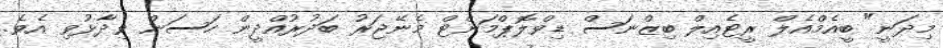
މިދަނީ" ބީއެމްއެލް ރީޓެއިލް ބިޒްނަސް ޑިވްލޮޕްމަންޓް މެނޭޖަރު ބަދުރުއްދީން ހަސަން ވިދާޅުވި އެވެ.